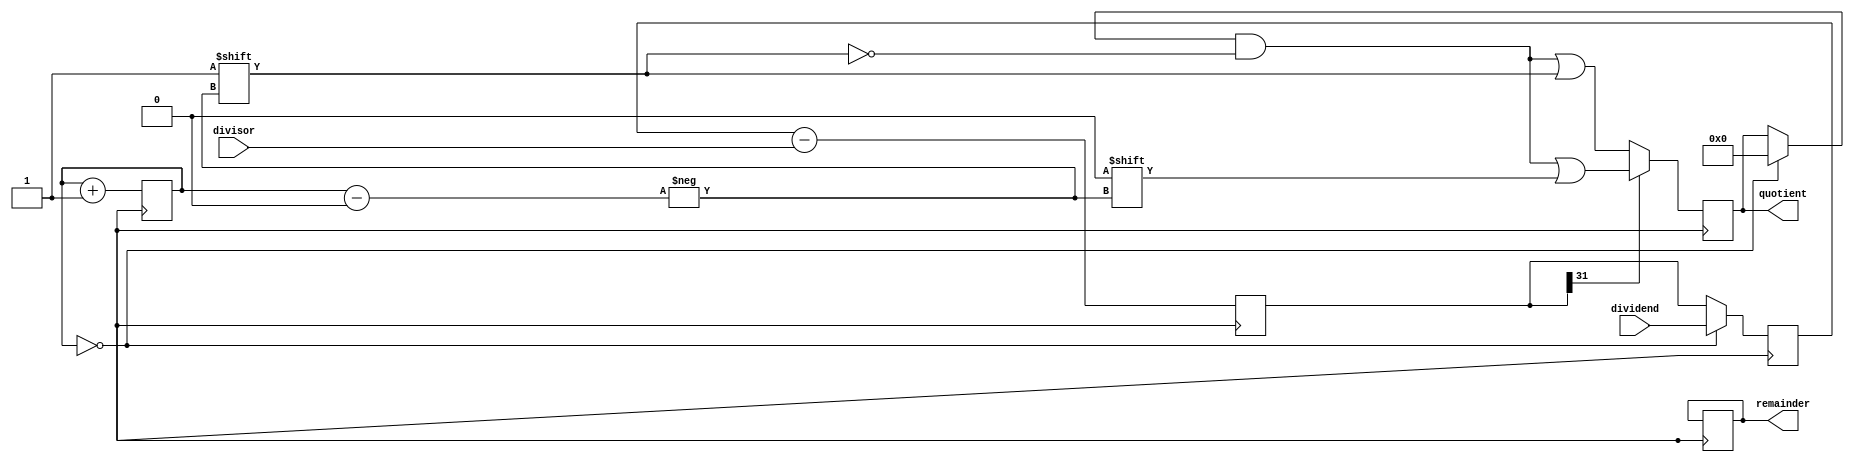
module RestoringDivider (
    input wire [31:0] dividend,
    input wire [31:0] divisor,
    output reg [31:0] quotient,
    output reg [31:0] remainder
);

reg [31:0] accumulator;
reg [31:0] temp_dividend;
reg [31:0] temp_subtract;
reg [4:0] count;

always @ (posedge clk) begin
    if (count == 0) begin
        temp_dividend <= dividend;
        accumulator <= 0;
        quotient <= 0;
    end else begin
        temp_dividend <= temp_subtract;
    end
    
    temp_subtract <= temp_dividend - divisor;

    if (temp_subtract[31] == 0) begin
        accumulator <= temp_subtract;
        quotient[count] <= 1;
    end else begin
        accumulator <= temp_dividend;
        quotient[count] <= 0;
    end
    
    count <= count + 1;
    
    if (count == 32) begin
        remainder <= accumulator;
        count <= 0;
    end
end

endmodule